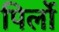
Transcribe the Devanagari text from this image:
पिर्लो